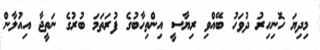
މިދިޔަ ހޮނިހިރު ދުވަހު ބޭއްވި ރިޔާސީ އިންތިހާބުގެ ފުރަތަމަ ބުރުގެ ނަތީޖާ އިއުލާން